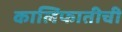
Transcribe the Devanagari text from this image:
कालिफातीची